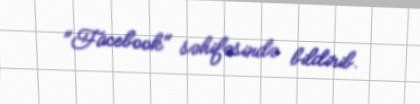
"Facebook" səhifəsində bildirib.